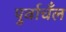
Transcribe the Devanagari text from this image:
पुर्वाचँल